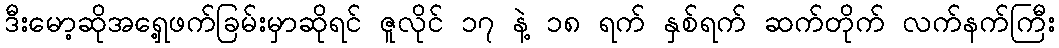
ဒီးမော့ဆိုအရှေ့ဖက်ခြမ်းမှာဆိုရင် ဇူလိုင် ၁၇ နဲ့ ၁၈ ရက် နှစ်ရက် ဆက်တိုက် လက်နက်ကြီး